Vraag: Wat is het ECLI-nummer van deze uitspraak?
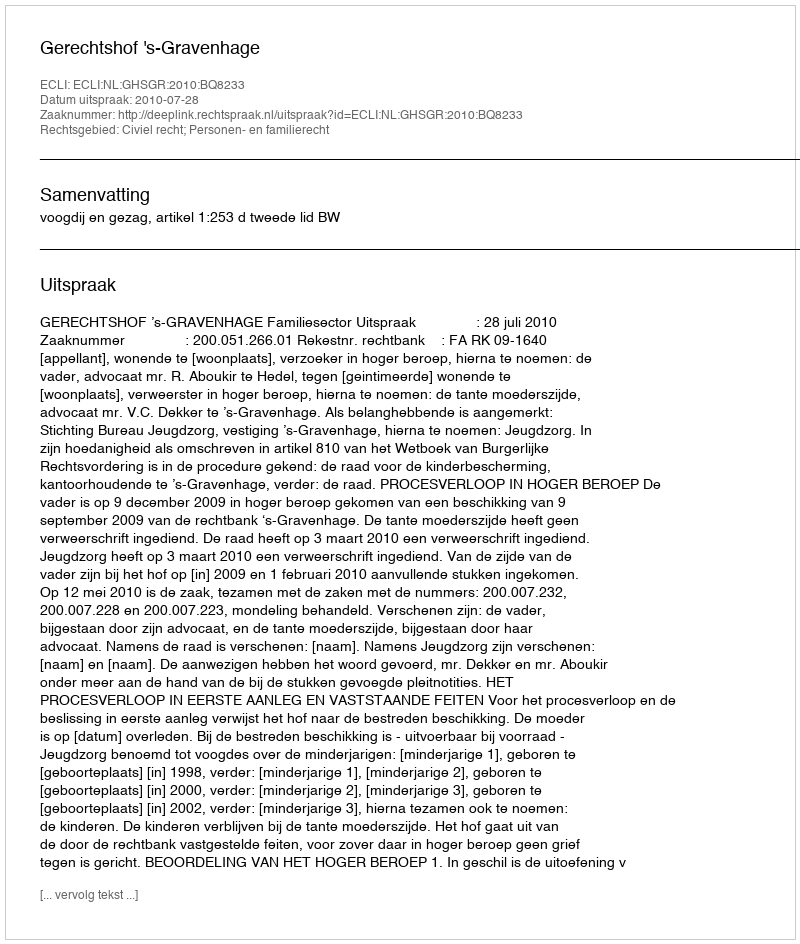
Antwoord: ECLI:NL:GHSGR:2010:BQ8233